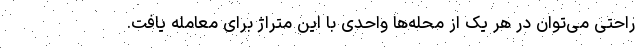
راحتی می‌توان در هر یک از محله‌ها واحدی با این متراژ برای معامله یافت.